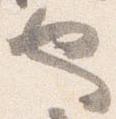
也